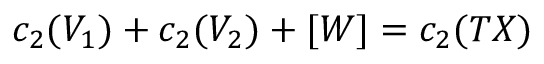
c _ { 2 } ( V _ { 1 } ) + c _ { 2 } ( V _ { 2 } ) + [ W ] = c _ { 2 } ( T X )